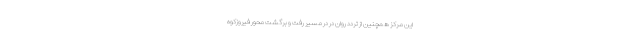
این مرکز همچنین از تردد روان در در مسیر رفت و برگشت محور فیروزکوه